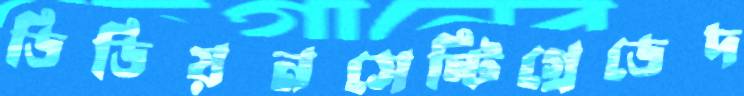
ডিডিয়নসেন্টিগ্রেডেদ